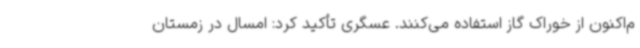
م‌اکنون از خوراک گاز استفاده می‌کنند. عسگری تأکید کرد: امسال در زمستان